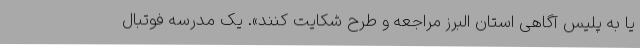
یا به پلیس آگاهی استان البرز مراجعه و طرح شکایت کنند». یک مدرسه فوتبال